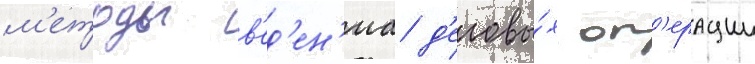
м'етоды в'ед'ен'иа д'еловы́х оп'ерации